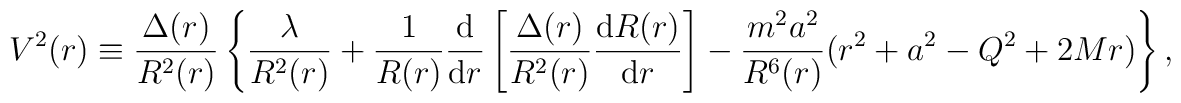
V^2(r) \equiv {\Delta (r) \over R^2 (r) }\left\{ \frac{\lambda }{R^{2}(r)}  + \frac{1}{R(r)} \frac{\mbox{d}}{\mbox{d} r}\left[ \frac{\Delta (r)}{R^2(r)}\frac{\mbox{d}  R(r)}{\mbox{d}r} \right]- {m^2 a^2 \over R^6 (r) }(r^2 + a^2 - Q^2 + 2 M r)\right\}  ,